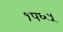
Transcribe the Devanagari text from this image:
१प६५